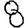
Digit: 8